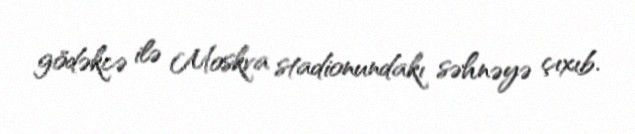
gödəkcə ilə Moskva stadionundakı səhnəyə çıxıb.